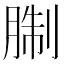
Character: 𦜋